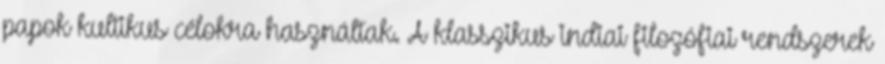
papok kultikus célokra használtak. A klasszikus indiai filozófiai rendszerek